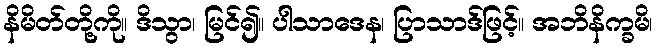
နိမိတ်တို့ကို။ ဒိသွာ၊ မြင်၍။ ပါသာဒေန၊ ပြာသာဒ်ဖြင့်။ အဘိနိက္ခမိ၊